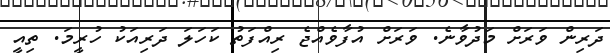
ދަރިން ވަރަށް މަދުވާނެ. ވަރަށް އުފާވެއްޖެ ރިއްފަތު ކަހަލަ ދަރިއަކު ހުރީމަ. ތިއީ